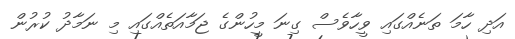
އަދި ހާމަ ތަނެއްގައި ވީހާވެސް ގިނަ މީހުންގެ ޖަމާއަތެއްގައި މި ނަމާދު ކުރުން